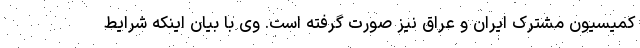
کمیسیون مشترک ایران و عراق نیز صورت گرفته است. وی با بیان اینکه شرایط